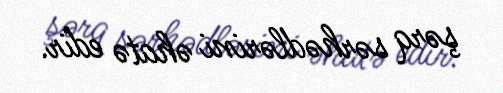
şərq sərhədlərini əhatə edir.